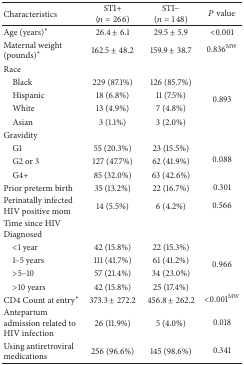
<table><thead><tr><td><b>Characteristics</b></td><td><b> STI+ (<i>n</i> = 266) </b></td><td><b>STI− (<i>n</i> = 148) </b></td><td><b><i>P</i> value</b></td></tr></thead><tbody><tr><td>Age (years)<sup>*</sup></td><td>26.4 ± 6.1</td><td>29.5 ± 5.9</td><td>&lt;0.001</td></tr><tr><td>Maternal weight (pounds)<sup>*</sup></td><td>162.5 ± 48.2</td><td>159.9 ± 38.7</td><td>0.836<sup>MW</sup></td></tr><tr><td>Race</td><td> </td><td> </td><td> </td></tr><tr><td> Black</td><td>229 (87.1%)</td><td>126 (85.7%)</td><td rowspan="4">0.893</td></tr><tr><td> Hispanic</td><td>18 (6.8%)</td><td>11 (7.5%)</td></tr><tr><td> White</td><td>13 (4.9%)</td><td>7 (4.8%)</td></tr><tr><td> Asian</td><td>3 (1.1%)</td><td>3 (2.0%)</td></tr><tr><td>Gravidity</td><td> </td><td> </td><td> </td></tr><tr><td> G1</td><td>55 (20.3%)</td><td>23 (15.5%)</td><td rowspan="3">0.088</td></tr><tr><td> G2 or 3</td><td>127 (47.7%)</td><td>62 (41.9%)</td></tr><tr><td> G4+</td><td>85 (32.0%)</td><td>63 (42.6%)</td></tr><tr><td>Prior preterm birth</td><td>35 (13.2%)</td><td>22 (16.7%)</td><td>0.301</td></tr><tr><td>Perinatally infected HIV positive mom</td><td>14 (5.5%)</td><td>6 (4.2%)</td><td>0.566</td></tr><tr><td>Time since HIV Diagnosed</td><td> </td><td> </td><td> </td></tr><tr><td> &lt;1 year</td><td>42 (15.8%)</td><td>22 (15.3%)</td><td rowspan="4">0.966</td></tr><tr><td> 1–5 years</td><td>111 (41.7%)</td><td>61 (41.2%)</td></tr><tr><td> &gt;5–10</td><td>57 (21.4%)</td><td>34 (23.0%)</td></tr><tr><td> &gt;10 years</td><td>42 (15.8%)</td><td>25 (17.4%)</td></tr><tr><td>CD4 Count at entry<sup>*</sup></td><td>373.3 ± 272.2</td><td>456.8 ± 262.2</td><td>&lt;0.001<sup>MW</sup></td></tr><tr><td>Antepartum admission related to HIV infection</td><td>26 (11.9%)</td><td>5 (4.0%)</td><td>0.018</td></tr><tr><td>Using antiretroviral medications</td><td>256 (96.6%)</td><td>145 (98.6%)</td><td>0.341</td></tr></tbody></table>